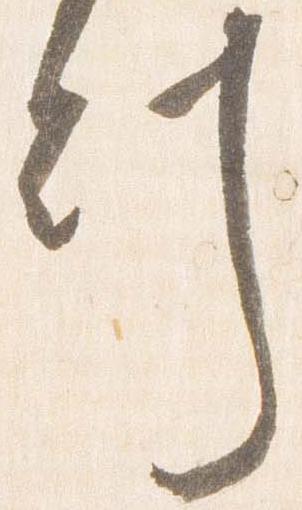
刻